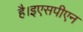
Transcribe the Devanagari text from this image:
है।इएसपीएन